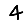
Digit: 4